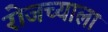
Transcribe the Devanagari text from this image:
रोजच्याला